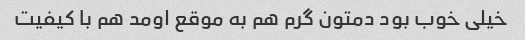
خیلی خوب بود دمتون گرم هم به موقع اومد هم با کیفیت